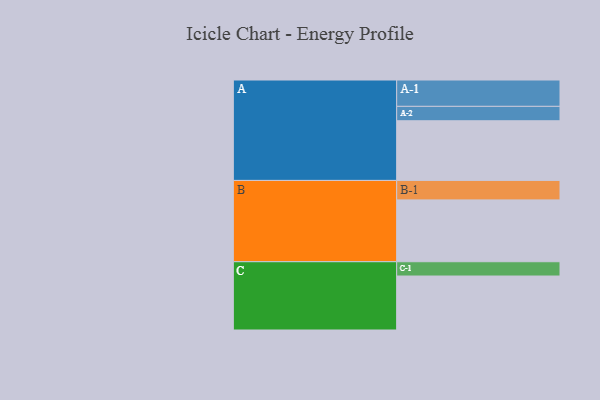
{"axis": {"x": "Segment", "y": "Value"}, "legend": ["", "A", "B", "C"], "data": [{"x": "A", "y": 555, "type": ""}, {"x": "B", "y": 575, "type": ""}, {"x": "C", "y": 502, "type": ""}, {"x": "A-1", "y": 245, "type": "A"}, {"x": "A-2", "y": 134, "type": "A"}, {"x": "B-1", "y": 181, "type": "B"}, {"x": "C-1", "y": 133, "type": "C"}]}